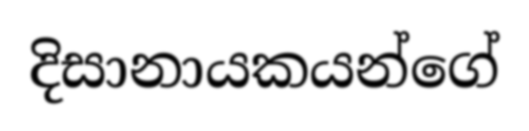
දිසානායකයන්ගේ